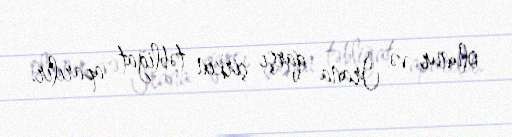
olunur və İrana qarşı çirkin təbliğat aparılır.